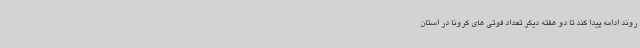
روند ادامه پیدا کند تا دو هفته دیگر تعداد فوتی های کرونا در استان